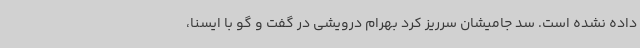
داده نشده است. سد جامیشان سرریز کرد بهرام درویشی در گفت و گو با ایسنا،